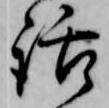
話